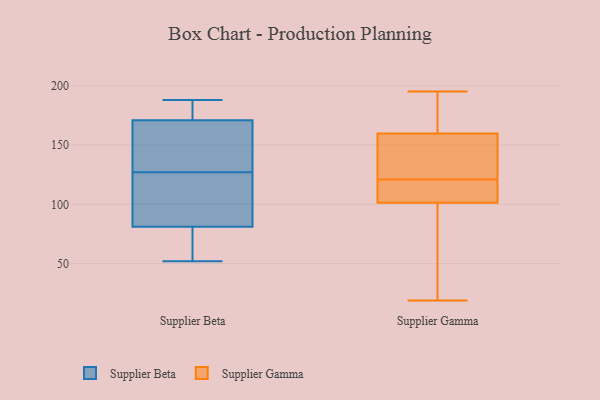
{"axis": {"x": "LTV (USD)", "y": "Value"}, "legend": ["Supplier Beta", "Supplier Gamma"], "data": [{"x": "", "y": 106, "type": "Supplier Beta"}, {"x": "", "y": 56, "type": "Supplier Beta"}, {"x": "", "y": 115, "type": "Supplier Beta"}, {"x": "", "y": 75, "type": "Supplier Beta"}, {"x": "", "y": 176, "type": "Supplier Beta"}, {"x": "", "y": 146, "type": "Supplier Beta"}, {"x": "", "y": 188, "type": "Supplier Beta"}, {"x": "", "y": 83, "type": "Supplier Beta"}, {"x": "", "y": 149, "type": "Supplier Beta"}, {"x": "", "y": 169, "type": "Supplier Beta"}, {"x": "", "y": 127, "type": "Supplier Beta"}, {"x": "", "y": 52, "type": "Supplier Beta"}, {"x": "", "y": 181, "type": "Supplier Beta"}, {"x": "", "y": 141, "type": "Supplier Gamma"}, {"x": "", "y": 121, "type": "Supplier Gamma"}, {"x": "", "y": 120, "type": "Supplier Gamma"}, {"x": "", "y": 105, "type": "Supplier Gamma"}, {"x": "", "y": 162, "type": "Supplier Gamma"}, {"x": "", "y": 104, "type": "Supplier Gamma"}, {"x": "", "y": 126, "type": "Supplier Gamma"}, {"x": "", "y": 159, "type": "Supplier Gamma"}, {"x": "", "y": 23, "type": "Supplier Gamma"}, {"x": "", "y": 195, "type": "Supplier Gamma"}, {"x": "", "y": 176, "type": "Supplier Gamma"}, {"x": "", "y": 19, "type": "Supplier Gamma"}, {"x": "", "y": 93, "type": "Supplier Gamma"}]}